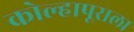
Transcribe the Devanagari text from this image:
कोल्हापूराला